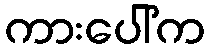
ကားပေါ်က